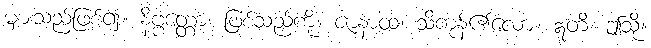
များသည်ဖြစ်၍။ နိဗ္ဗတ္တော၊ ဖြစ်သည်ကို။ ဇာနာထ၊ သိကုန်၏လော။ ဣတိ၊ ဤသို့။